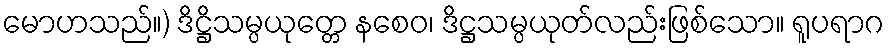
မောဟသည်။) ဒိဋ္ဌိသမ္ပယုတ္တေ နစေဝ၊ ဒိဋ္ဌသမ္ပယုတ်လည်းဖြစ်သော။ ရူပရာဂ